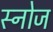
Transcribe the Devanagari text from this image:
स्नोज